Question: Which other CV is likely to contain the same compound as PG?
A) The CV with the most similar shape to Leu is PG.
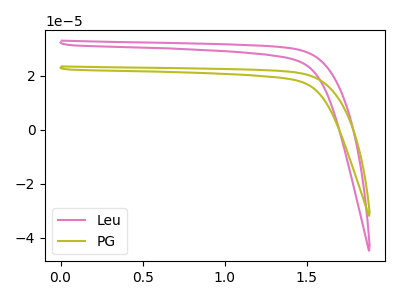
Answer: <think>The pink curve "Leu" has no peaks. The olive curve "PG" has no peaks.
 Neither "Leu" or "PG" have any peaks.</think>
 <answer>A) The CV with the most similar shape to "Leu" is "PG".</answer>
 <eval>A</eval>